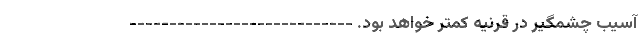
آسیب چشمگیر در قرنیه کمتر خواهد بود. ----------------------------